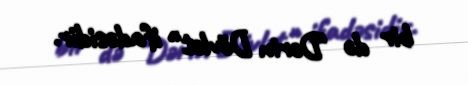
bir də "Dərin Dövlət" ifadəsidir.